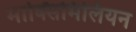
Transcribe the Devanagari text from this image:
माक्सिमिलियन